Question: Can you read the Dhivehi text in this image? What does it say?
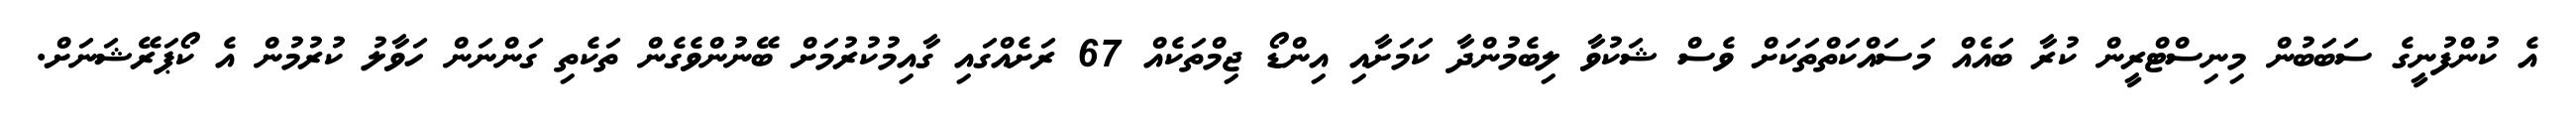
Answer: އެ ކުންފުނީގެ ސަބަބުން މިނިސްޓްރީން ކުރާ ބައެއް މަސައްކަތްތަކަށް ވެސް ޝަކުވާ ލިބެމުންދާ ކަމަށާއި އިންޑޯ ޖިމްތަކެއް 67 ރަށެއްގައި ގާއިމުކުރުމަށް ބޭނުންވެގެން ތަކެތި ގަންނަން ހަވާލު ކުރުމުން އެ ކޯޕަރޭޝަނަށް.